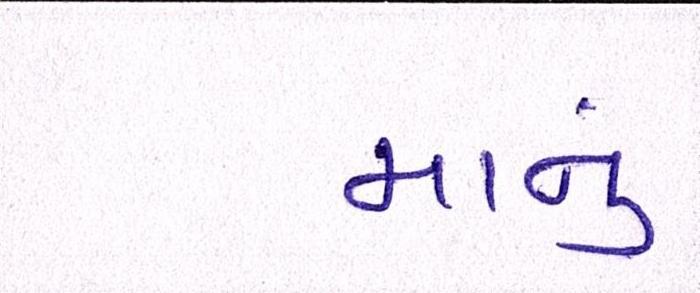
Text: માનું